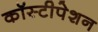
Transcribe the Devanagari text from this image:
कॉस्टीपेशन